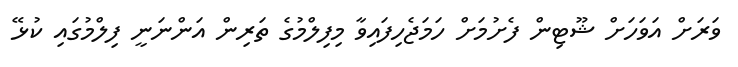
ވަރަށް އަވަަހަށް ޝޫޓިން ފެށުމަށް ހަމަޖެހިފައިވާ މިފިލްމުގެ ތަރިން އަންނަނީ ފިލްމުގައި ކުޅޭ